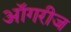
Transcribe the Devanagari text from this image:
ऑगरीज